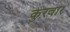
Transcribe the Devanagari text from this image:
कुरवार